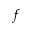
f